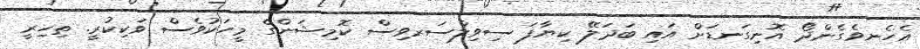
އެހެނވެގެންދޯ އޮނިގަނޑަށް އައި ބަދަލޭ ކިޔާފަ ސިވިލްސަރވިސް ކޮމިޝަންގެ މީހަކުވެސް ވަކިކުރީ. ތިހިރީ